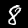
Label: 8